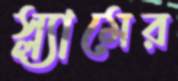
স্ল্যামের